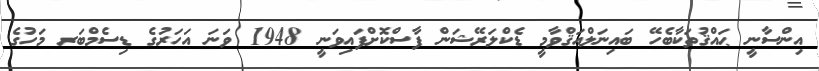
އިންސާނީ ޙައްޤުތަކާބެހޭ ބައިނަލްއަޤްވާމީ ޑެކްލަރޭޝަން ފާސްކޮށްފައިވަނީ 1948 ވަނަ އަހަރުގެ ޑިސެމްބަރ މަހުގެ